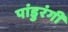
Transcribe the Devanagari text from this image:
पांडुरंगीं